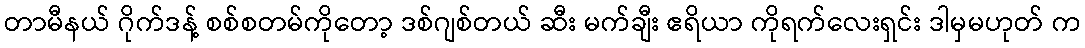
တာမီနယ် ဂိုက်ဒန့် စစ်စတမ်ကိုတော့ ဒစ်ဂျစ်တယ် ဆီး မက်ချီး ဧရိယာ ကိုရက်လေးရှင်း ဒါမှမဟုတ် က